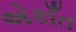
એકાઁત